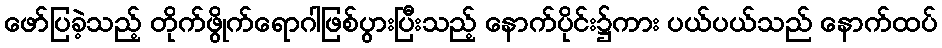
ဖော်ပြခဲ့သည့် တိုက်ဖွိုက်ရောဂါဖြစ်ပွားပြီးသည့် နောက်ပိုင်း၌ကား ပယ်ပယ်သည် နောက်ထပ်